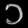
Digit: ၁